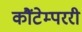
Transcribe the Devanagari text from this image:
कौंटेम्पररी